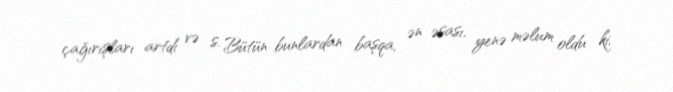
çağırışları artdı və s. Bütün bunlardan başqa, ən əsası, yenə məlum oldu ki,